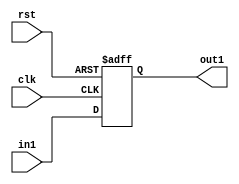
`timescale 1ps/1ps

module register_16 (rst, clk, in1, out1);

 input clk, rst;

 input [15:0]  in1;

 output [15:0] out1;

 reg [15:0] out1;

 always @ (negedge rst or posedge clk) begin

    if(!rst)  out1 <= #1 16'b0000;

    else  out1 <= #1 in1;

 end

endmodule